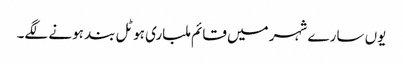
یوں سارے شہر میں قائم ملباری ہوٹل بند ہونے لگے۔